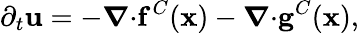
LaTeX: \partial_{t}\mathbf{u}=-\boldsymbol{\nabla}{\cdot}\mathbf{f}^{C}(\mathbf{x})-\boldsymbol{\nabla}{\cdot}\mathbf{g}^{C}(\mathbf{x}),